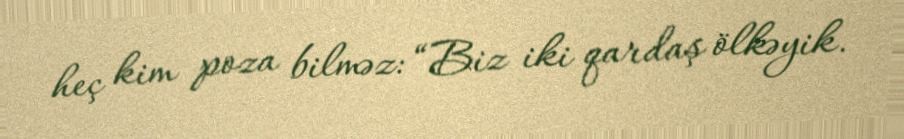
heç kim poza bilməz: “Biz iki qardaş ölkəyik.